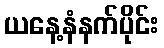
ယနေ့နံနက်ပိုင်း